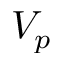
V _ { p }